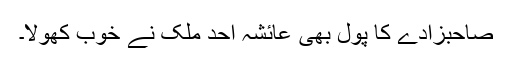
صاحبزادے کا پول بھی عائشہ احد ملک نے خوب کھولا۔